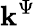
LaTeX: \mathbf{k}^{\Psi}